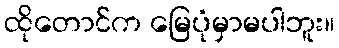
ထိုတောင်က မြေပုံမှာမပါဘူး။